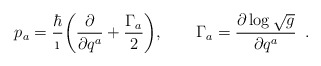
\begin{align*}p_a={\hbar\over\i}\bigg({\partial\over\partial q^a} +{\Gamma_a\over2}\bigg), \qquad \Gamma_a={\partial\log\sqrt{g}\over\partial q^a}\enspace.\end{align*}